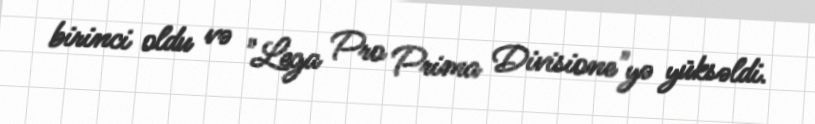
birinci oldu və "Lega Pro Prima Divisione"yə yüksəldi.